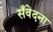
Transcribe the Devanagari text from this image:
सँवेदना